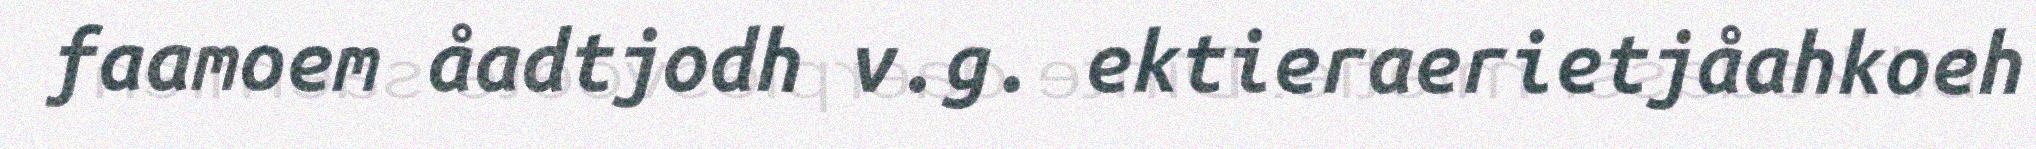
faamoem åadtjodh v.g. ektieraerietjåahkoeh